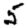
Digit: 5